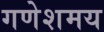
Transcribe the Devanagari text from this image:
गणेशमय